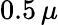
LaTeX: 0.5\, \mu